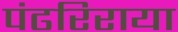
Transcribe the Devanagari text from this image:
पंढरिराया